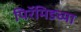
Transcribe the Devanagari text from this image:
पिरॅमिडच्या